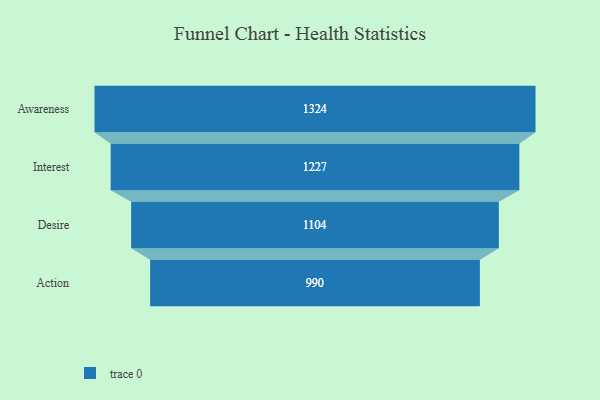
{"axis": {"x": "Stage", "y": "Value"}, "legend": [""], "data": [{"x": "Awareness", "y": 1324.0, "type": ""}, {"x": "Interest", "y": 1227.0, "type": ""}, {"x": "Desire", "y": 1104.0, "type": ""}, {"x": "Action", "y": 990.0, "type": ""}]}